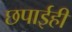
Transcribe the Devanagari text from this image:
छपाईही